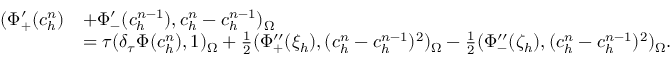
\begin{array} { r l } { ( \Phi _ { + } ^ { \prime } ( c _ { h } ^ { n } ) } & { + \Phi _ { - } ^ { \prime } ( c _ { h } ^ { n - 1 } ) , c _ { h } ^ { n } - c _ { h } ^ { n - 1 } ) _ { \Omega } } \\ & { = \tau ( \delta _ { \tau } \Phi ( c _ { h } ^ { n } ) , 1 ) _ { \Omega } + \frac { 1 } { 2 } ( \Phi _ { + } ^ { \prime \prime } ( \xi _ { h } ) , ( c _ { h } ^ { n } - c _ { h } ^ { n - 1 } ) ^ { 2 } ) _ { \Omega } - \frac { 1 } { 2 } ( \Phi _ { - } ^ { \prime \prime } ( \zeta _ { h } ) , ( c _ { h } ^ { n } - c _ { h } ^ { n - 1 } ) ^ { 2 } ) _ { \Omega } . } \end{array}